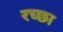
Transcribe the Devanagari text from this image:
रच्‍छा